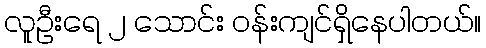
လူဦးရေ ၂ သောင်း ဝန်းကျင်ရှိနေပါတယ်။